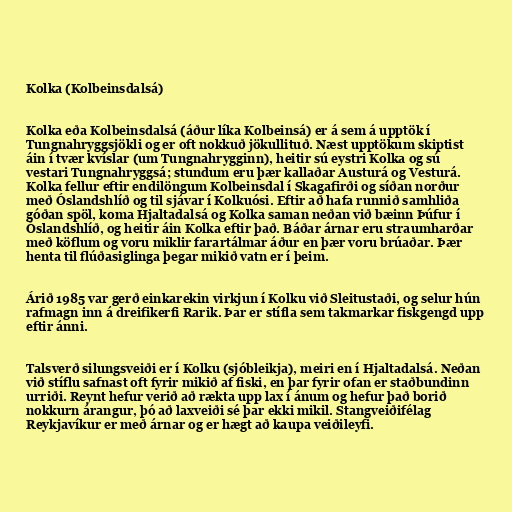
Kolka (Kolbeinsdalsá)

Kolka eða Kolbeinsdalsá (áður líka Kolbeinsá) er á sem á upptök í
Tungnahryggsjökli og er oft nokkuð jökullituð. Næst upptökum skiptist
áin í tvær kvíslar (um Tungnahrygginn), heitir sú eystri Kolka og sú
vestari Tungnahryggsá; stundum eru þær kallaðar Austurá og Vesturá.
Kolka fellur eftir endilöngum Kolbeinsdal í Skagafirði og síðan norður
með Óslandshlíð og til sjávar í Kolkuósi. Eftir að hafa runnið samhliða
góðan spöl, koma Hjaltadalsá og Kolka saman neðan við bæinn Þúfur í
Óslandshlíð, og heitir áin Kolka eftir það. Báðar árnar eru straumharðar
með köflum og voru miklir farartálmar áður en þær voru brúaðar. Þær
henta til flúðasiglinga þegar mikið vatn er í þeim.

Árið 1985 var gerð einkarekin virkjun í Kolku við Sleitustaði, og selur hún
rafmagn inn á dreifikerfi Rarik. Þar er stífla sem takmarkar fiskgengd upp
eftir ánni.

Talsverð silungsveiði er í Kolku (sjóbleikja), meiri en í Hjaltadalsá. Neðan
við stíflu safnast oft fyrir mikið af fiski, en þar fyrir ofan er staðbundinn
urriði. Reynt hefur verið að rækta upp lax í ánum og hefur það borið
nokkurn árangur, þó að laxveiði sé þar ekki mikil. Stangveiðifélag
Reykjavíkur er með árnar og er hægt að kaupa veiðileyfi.